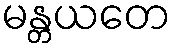
မန္တယတေ